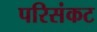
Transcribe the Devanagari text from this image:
परिसंकट